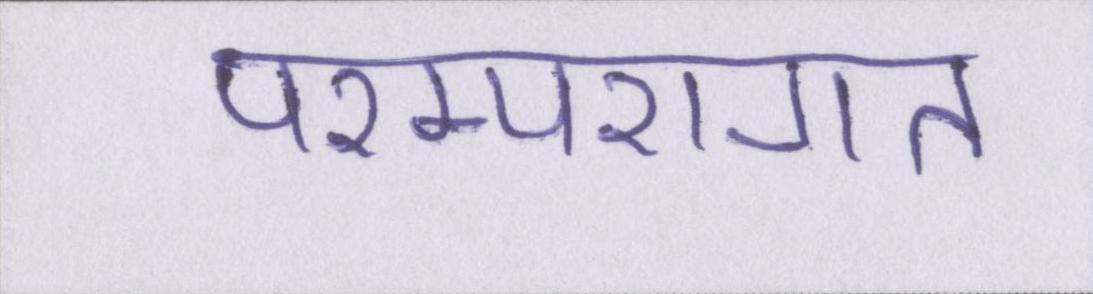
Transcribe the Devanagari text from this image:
परम्परागत